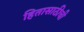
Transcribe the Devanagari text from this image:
हितासाठीची